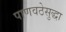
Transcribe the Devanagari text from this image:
पाणवठेसुद्धा